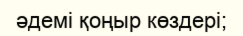
әдемі қоңыр көздері;